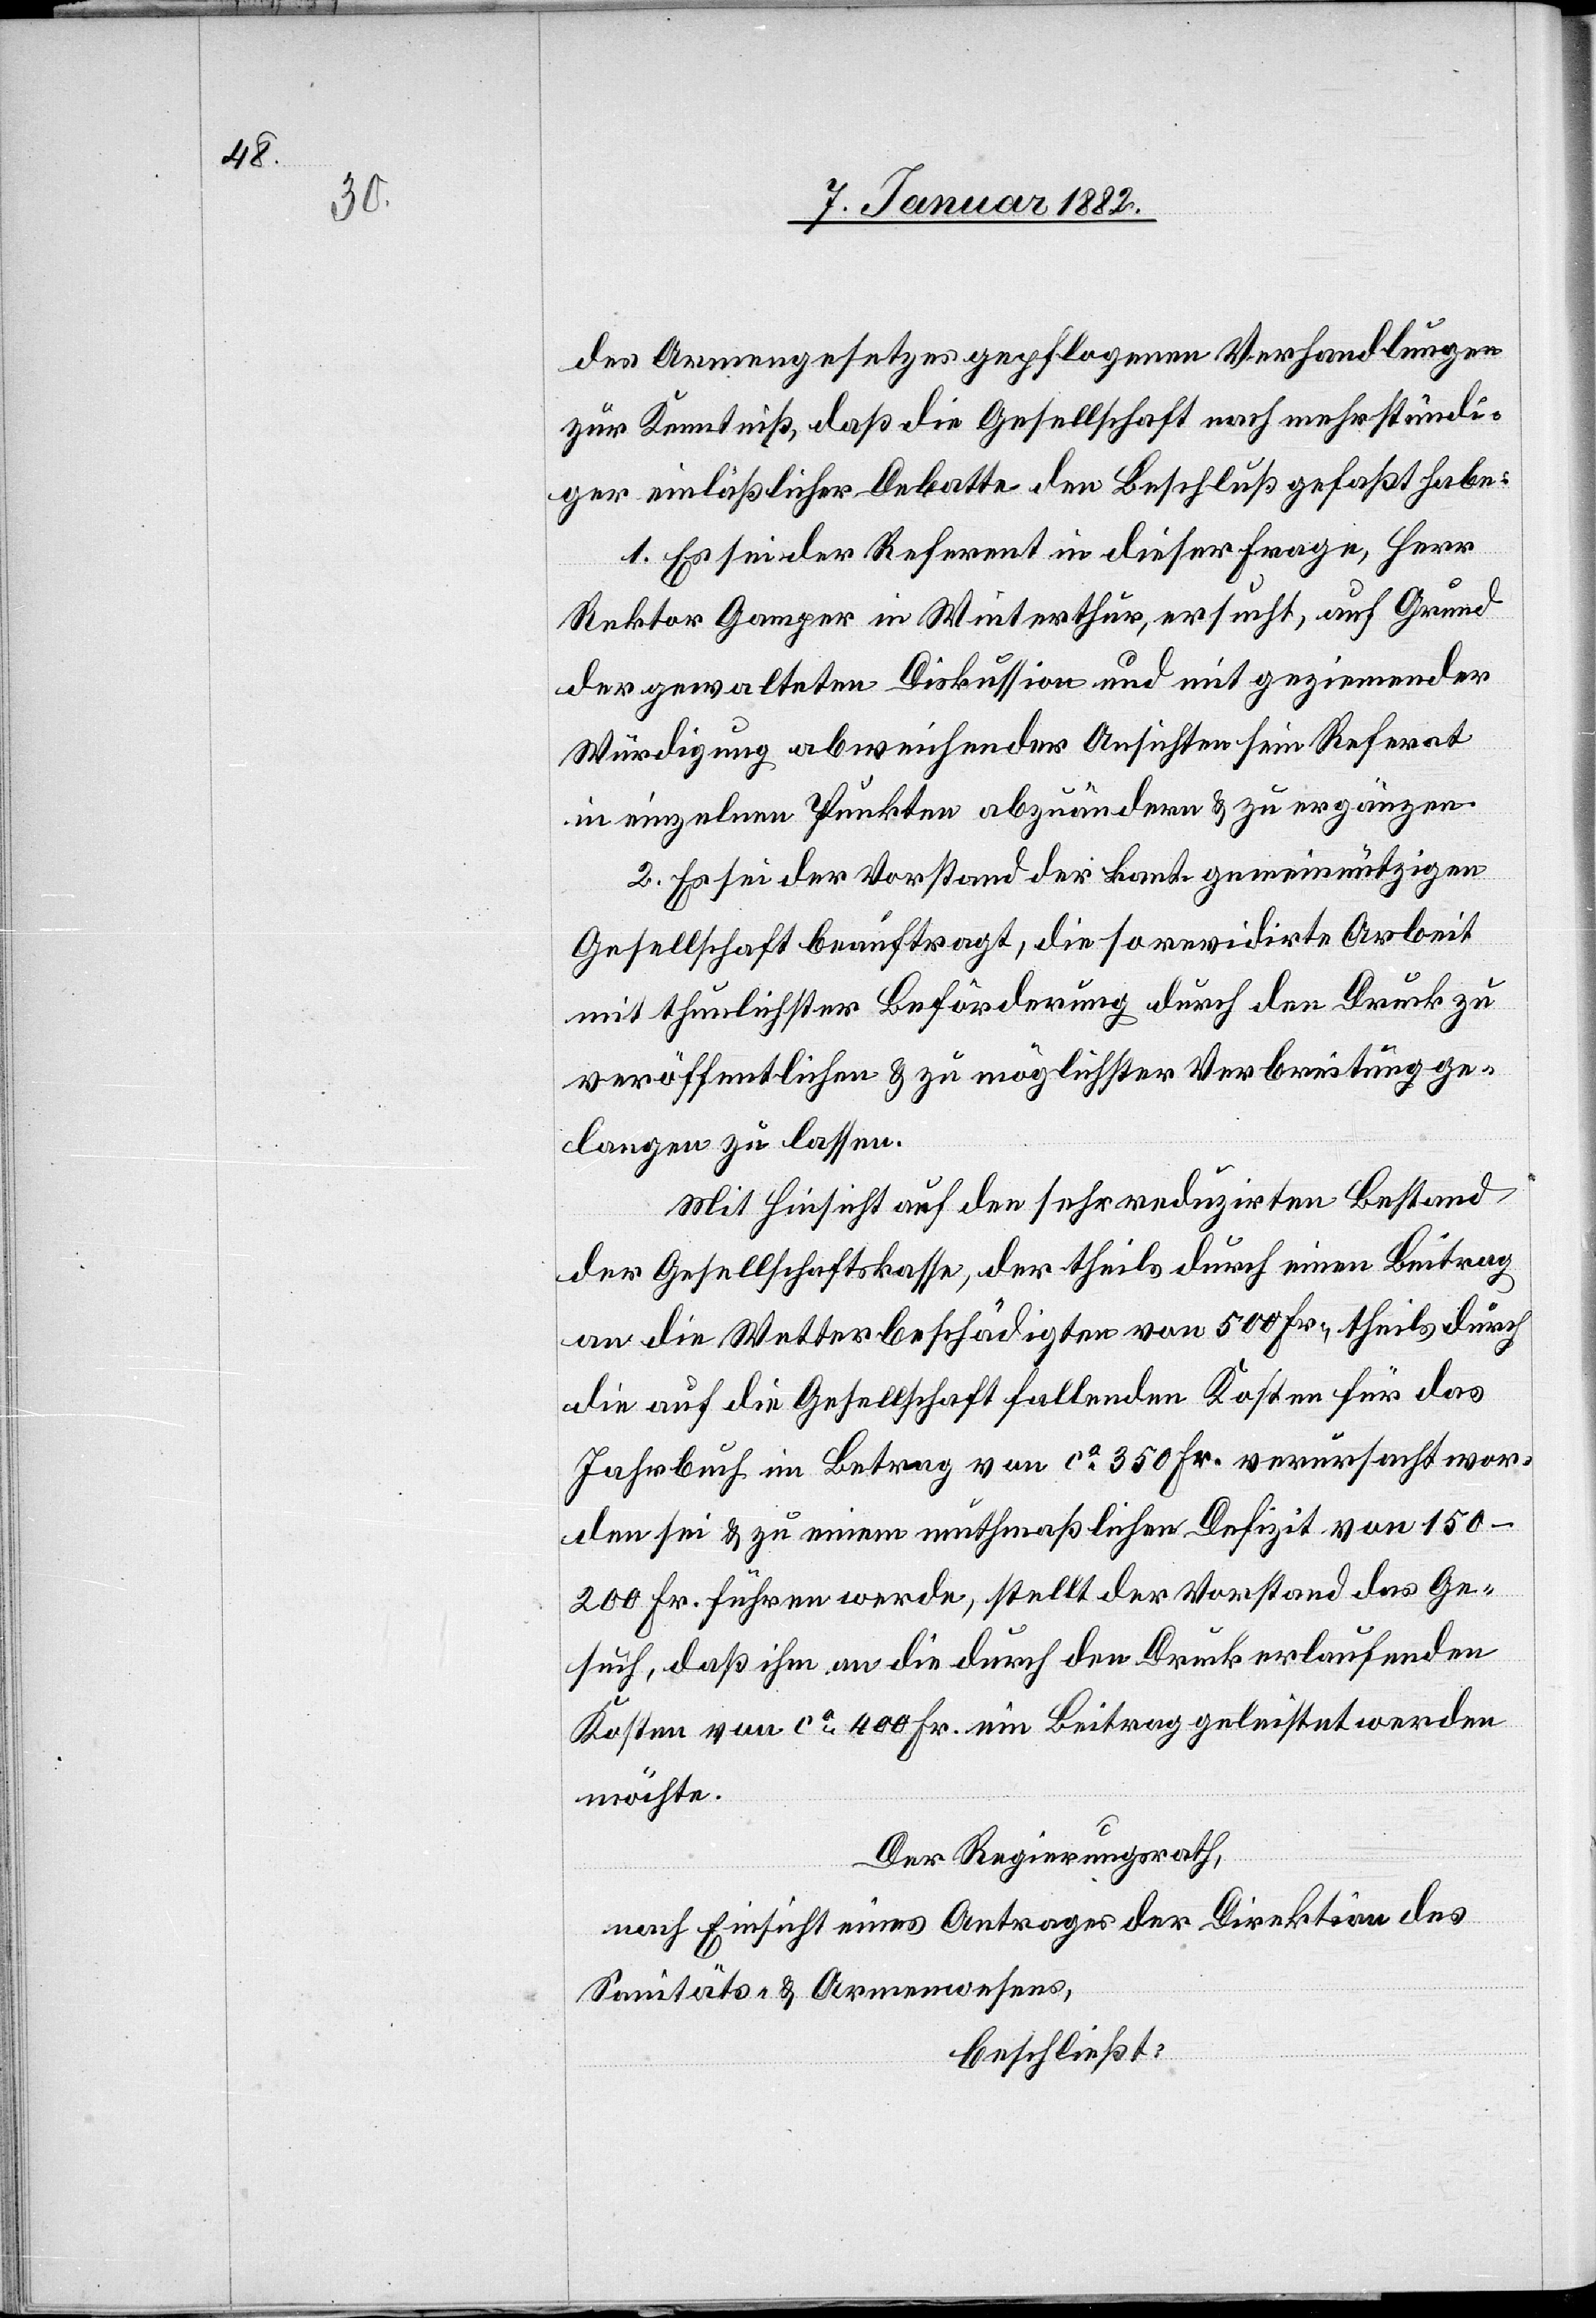
des Armengesetzes gepflogenen Verhandlungen
zur Kenntniß, daß die Gesellschaft nach mehrstündi¬
ger einläßlicher Debatte den Beschluß gefaßt habe:
1. Es sei der Referent in dieser Frage, Herr
Rektor Gamper in Winterthur, ersucht, auf Grund
der gewalteten Diskussion und mit geziemender
Würdigung abweichender Ansichten sein Referat
in einzelnen Punkten abzuändern & zu ergänzen.
2. Es sei der Vorstand der kant. gemeinnützigen
Gesellschaft beauftragt, die so revidirte Arbeit
mit thunlichster Beförderung durch den Druck zu
veröffentlichen & zu möglichster Verbreitung ge¬
langen zu lassen.
Mit Hinsicht auf den sehr reduzirten Bestand
der Gesellschaftskasse, der theils durch einen Beitrag
an die Wetterbeschädigten von 500 Fr., theils durch
die auf die Gesellschaft fallenden Kosten für das
Jahrbuch im Betrag von ca 350 Fr. verursacht wor¬
den sei & zu einem muthmaßlichen Defizit von 150–200
Fr. führen werde, stellt der Vorstand das Ge¬
such, daß ihm an die durch den Druck erlaufenden
Kosten von ca 400 Fr. ein Beitrag geleistet werden
möchte.
Der Regierungsrath,
nach Einsicht eines Antrages der Direktion des
Sanitäts- & Armenwesens,
beschließt: